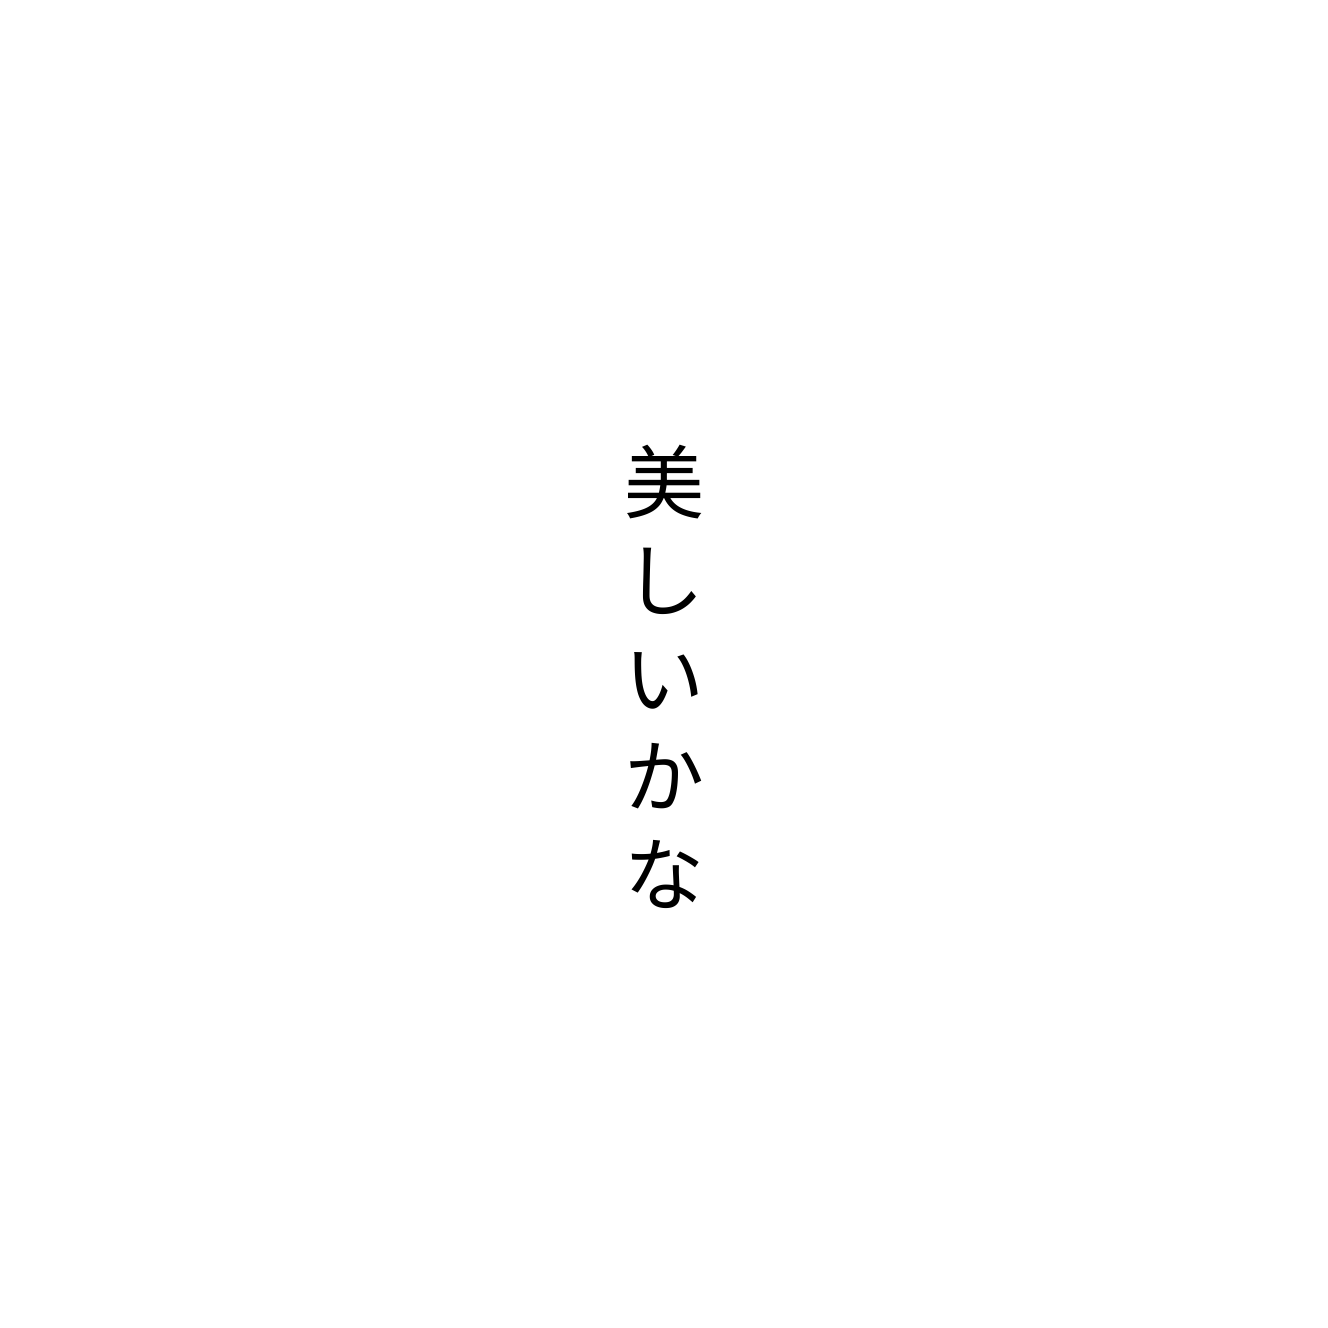
美しいかな